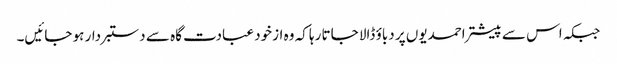
جبکہ اس سے پیشتر احمدیوں پر دباؤ ڈالا جاتا رہا کہ وہ ازخود عبادت گاہ سے دستبردار ہو جائیں۔